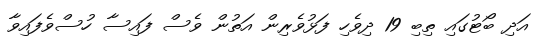
އަދި ބޯޓުގައި ތިބި 19 ދިވެހި ފަޅުވެރިން އަތުން ވެސް ފައިސާ ހުސްވެފައިވާ